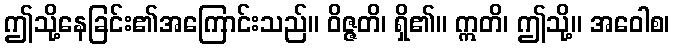
ဤသို့နေခြင်း၏အကြောင်းသည်။ ဝိဇ္ဇတိ၊ ရှိ၏။ ဣတိ၊ ဤသို့။ အဝေါစ၊